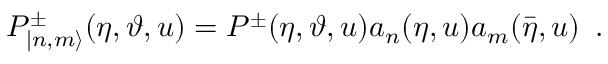
P _ { | n , m \rangle } ^ { \pm } ( \eta , \vartheta , u ) = P ^ { \pm } ( \eta , \vartheta , u ) a _ { n } ( \eta , u ) a _ { m } ( \bar { \eta } , u ) \, \, \, .